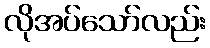
လိုအပ်သော်လည်း